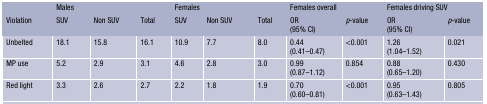
|  | <COLSPAN=3> Males | <COLSPAN=3> Females | <COLSPAN=2> Females overall | <COLSPAN=2> Females driving SUV |
 | Violation | SUV | Non SUV | Total | SUV | Non SUV | Total | OR(95% CI) | p-value | OR(95% CI) | p-value |
 | --- | --- | --- | --- | --- | --- | --- | --- | --- | --- | --- |
 | Unbelted | 18.1 | 15.8 | 16.1 | 10.9 | 7.7 | 8.0 | 0.44(0.41–0.47) | <0.001 | 1.26(1.04–1.52) | 0.021 |
 | MP use | 5.2 | 2.9 | 3.1 | 4.6 | 2.8 | 3.0 | 0.99(0.87–1.12) | 0.854 | 0.88(0.65–1.20) | 0.430 |
 | Red light | 3.3 | 2.6 | 2.7 | 2.2 | 1.8 | 1.9 | 0.70(0.60–0.81) | <0.001 | 0.95(0.63–1.43) | 0.805 |